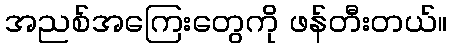
အညစ်အကြေးတွေကို ဖန်တီးတယ်။